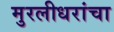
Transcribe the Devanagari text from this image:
मुरलीधरांचा